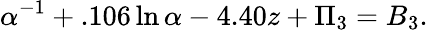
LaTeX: \alpha^{-1}+.106\ln\alpha-4.40z+\Pi_{3}=B_{3}.